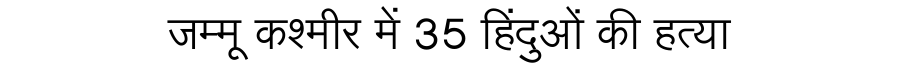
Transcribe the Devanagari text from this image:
जम्मू कश्मीर में 35 हिंदुओं की हत्या